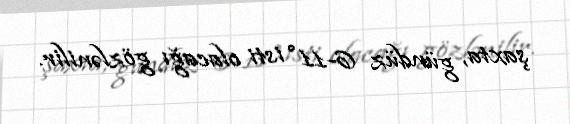
şaxta, gündüz 6-11° isti olacağı gözlənilir.